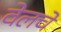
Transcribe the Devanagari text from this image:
वेलचे